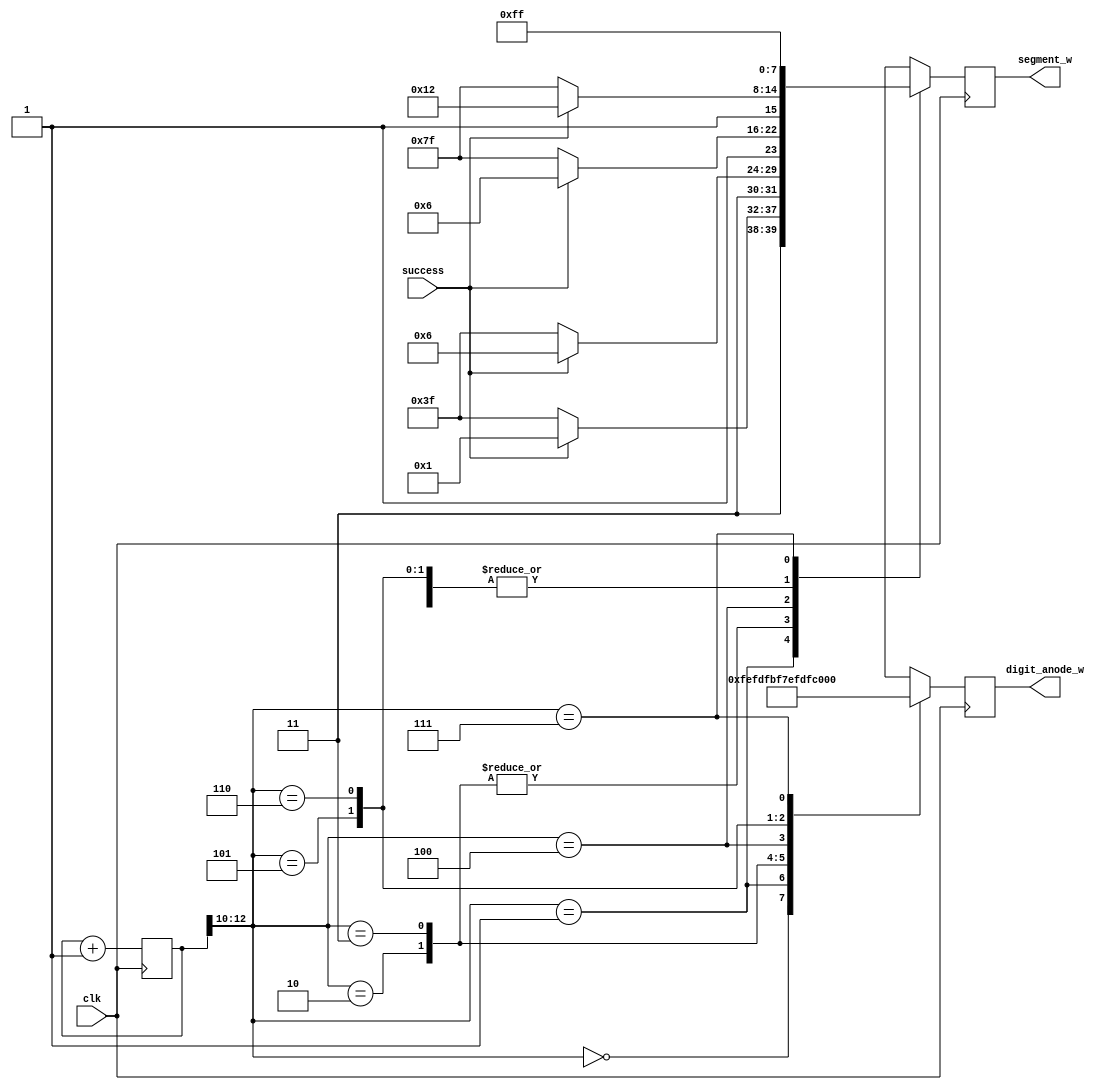
module display_success(clk, success, digit_anode_w, segment_w);
	input wire clk;
	input wire success;
	output wire [7:0] digit_anode_w;
	output wire [7:0] segment_w;
	
	reg    [7:0]   digit_anode;//anode
	reg    [7:0]   segment;
	reg    [12:0]  cnt=0;
	reg    [3:0]   num;

	assign digit_anode_w = digit_anode;
	assign segment_w = segment;
	
	always @(posedge clk)begin
		case(cnt[12:10])//count
			3'b000:begin//S
				digit_anode <= 8'b11111110;
				if(success)
					segment <= 8'b10010010;
				else 
					segment <= 8'b11111111;
			end
			3'b001:begin//U
				digit_anode <= 8'b11111101;
				if(success)
					segment <= 8'b11000001;
				else 
					segment <= 8'b11111111;
			end
			3'b010:begin//C
				digit_anode <= 8'b11111011;
					if(success)
						segment <= 8'b11000110;
					else 
						segment <= 8'b11111111;
			end
			3'b011:begin//C
				digit_anode <= 8'b11110111;
					if(success)
						segment <= 8'b11000110;
					else 
						segment <= 8'b11111111;
			end
			3'b100:begin//E
				digit_anode <= 8'b11101111;
					if(success)
						segment <= 8'b10000110;
					else 
						segment <= 8'b11111111;
			end
			3'b101:begin//S
				digit_anode <= 8'b11011111;
					if(success)
						segment <= 8'b10010010;
					else 
						segment <= 8'b11111111;		
			end
			3'b110:begin//S
				digit_anode <= 8'b10111111;
					if(success)
						segment <= 8'b10010010;
					else 
						segment <= 8'b11111111;
			end
			3'b111:begin
				digit_anode <= 8'b01111111;
				segment <= 8'b11111111;
			end
		endcase	
	end

	always@(posedge clk) begin
			cnt<=cnt+1;
	end
endmodule